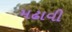
મઢાવી